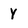
Character: Y